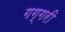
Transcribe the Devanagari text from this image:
गग्गरी